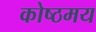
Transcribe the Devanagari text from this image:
कोष्ठमय